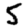
Digit: 5